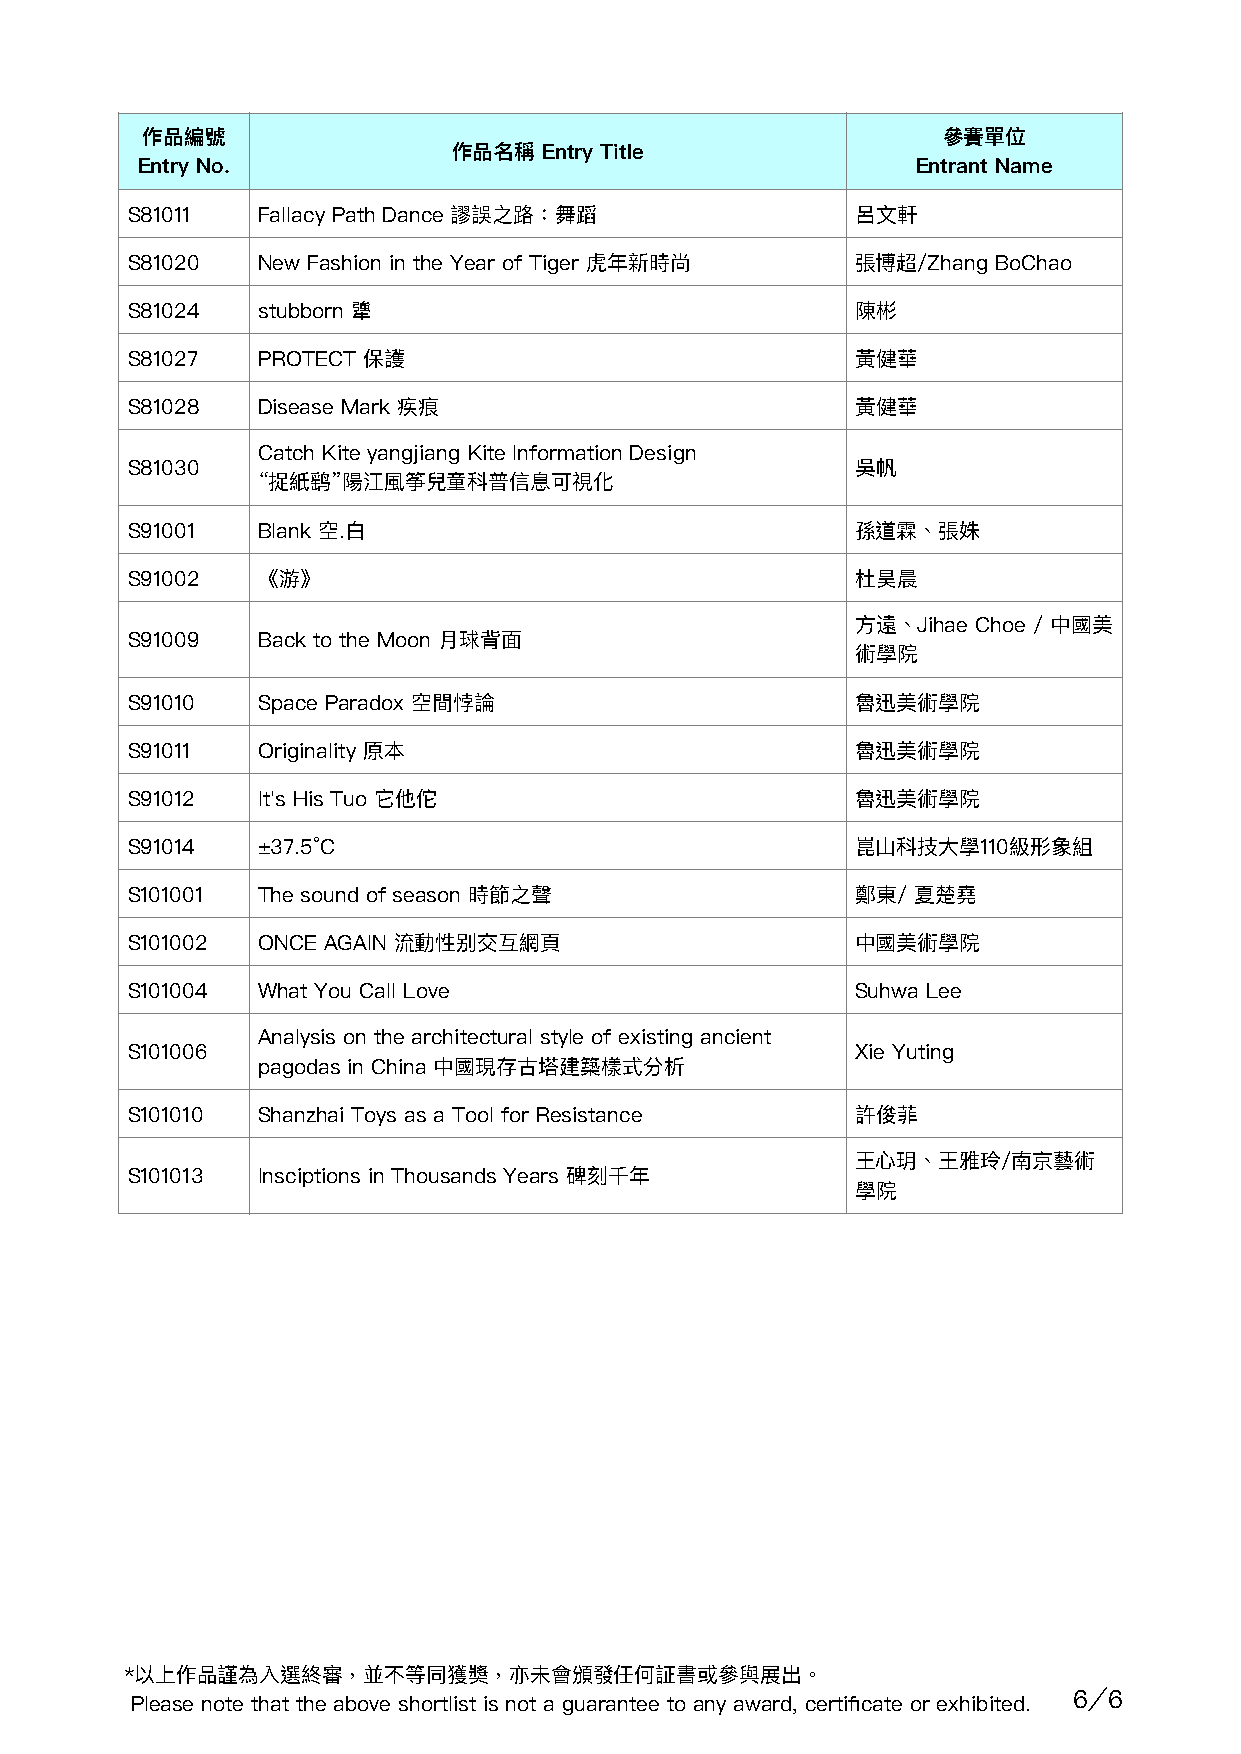
作品編號                                                 參賽單位
 作品名稱  Entry Title
 Entry No.                                           Entrant Name
 S81011   Fallacy Path Dance 謬誤之路：舞蹈              呂⽂軒
 S81020   New Fashion in the Year of Tiger 虎年新時尚  張博超/Zhang BoChao
 S81024   stubborn 犟                              陳彬
 S81027   PROTECT 保護                              ⿈健華
 S81028   Disease Mark 疾痕                         ⿈健華
 Catch Kite yangjiang Kite Information Design
 S81030                                           吳帆
 “捉紙鹞”陽江風筝兒童科普信息可視化
 S91001   Blank 空.⽩                               孫道霖、張姝
 S91002   《游》                                     杜昊晨
 ⽅遠、Jihae Choe / 中國美
 S91009   Back to the Moon ⽉球背⾯
 術學院
 S91010   Space Paradox 空間悖論                      魯迅美術學院
 S91011   Originality 原本                          魯迅美術學院
 S91012   It's His Tuo 它他佗                        魯迅美術學院
 S91014   ±37.5°C                                 崑⼭科技⼤學110級形象組
 S101001  The sound of season 時節之聲                鄭東/ 夏楚堯
 S101002  ONCE AGAIN 流動性别交互網⾴                     中國美術學院
 S101004  What You Call Love                      Suhwa Lee
 Analysis on the architectural style of existing ancient
 S101006                                          Xie Yuting
 pagodas in China 中國現存古塔建築樣式分析
 S101010  Shanzhai Toys as a Tool for Resistance  許俊菲
 王⼼玥、王雅玲/南京藝術
 S101013  Insciptions in Thousands Years 碑刻千年
 學院
 *以上作品謹為入選終審，並不等同獲獎，亦未會頒發任何証書或參與展出。
 Please note that the above shortlist is not a guarantee to any award, certificate or exhibited. 6∕6